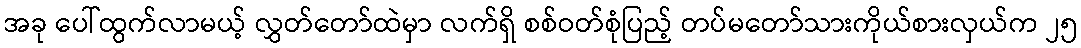
အခု ပေါ်ထွက်လာမယ့် လွှတ်တော်ထဲမှာ လက်ရှိ စစ်ဝတ်စုံပြည့် တပ်မတော်သားကိုယ်စားလှယ်က ၂၅